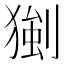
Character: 𤠧